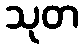
သုတ